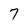
Character: 7